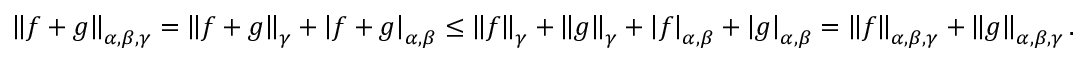
\begin{array} { r } { \left\| f + g \right\| _ { \alpha , \beta , \gamma } = \left\| f + g \right\| _ { \gamma } + \left| f + g \right| _ { \alpha , \beta } \leq \left\| f \right\| _ { \gamma } + \left\| g \right\| _ { \gamma } + \left| f \right| _ { \alpha , \beta } + \left| g \right| _ { \alpha , \beta } = \left\| f \right\| _ { \alpha , \beta , \gamma } + \left\| g \right\| _ { \alpha , \beta , \gamma } . } \end{array}